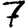
Digit: 7